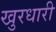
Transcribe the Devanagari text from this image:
खुरधारी